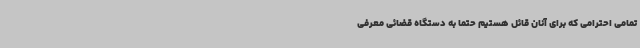
تمامی احترامی که برای آنان قائل هستیم حتماً به دستگاه قضائی معرفی